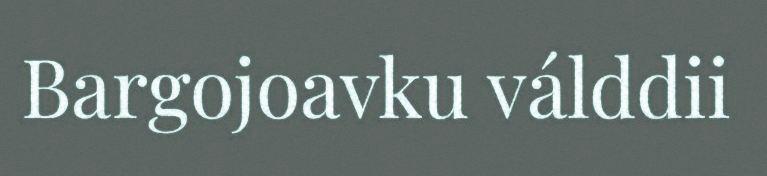
Bargojoavku válddii